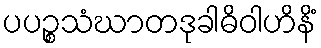
ပပဉ္စသံဃာတဒုခါဓိဝါဟိနိံ